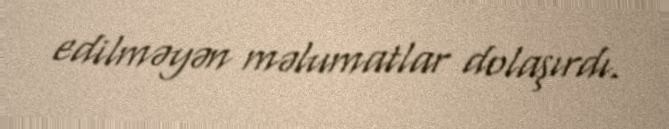
edilməyən məlumatlar dolaşırdı.